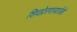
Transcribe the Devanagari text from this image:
शिवप्रेरणायात्रेचे